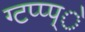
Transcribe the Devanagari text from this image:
ग्टप्प्प्े